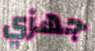
جهزي